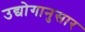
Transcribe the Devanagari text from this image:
उद्योगानुसार